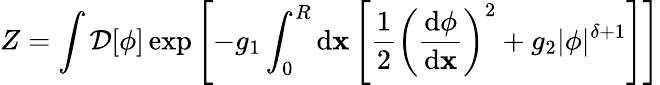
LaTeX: Z=\int{\cal{D}}[\phi]\exp\left[-g_{1}\int_{0}^{R}\mathrm{d}\mathbf{x}\left[\frac{{1}}{{2}}\left(\frac{{\mathrm{d}\phi}}{{\mathrm{d}\mathbf{x}}}\right)^{2}+g_{2}\vert\phi\vert^{\delta+1}\right]\right]